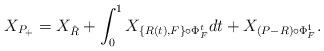
LaTeX: \begin{align*}X_{P_+}=X_{\hat{R}}+\int_0^1 X_{\{R(t),F\}\circ\Phi_F^t}dt+X_{(P-R)\circ\Phi_F^1}.\end{align*}